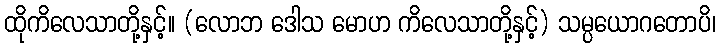
ထိုကိလေသာတို့နှင့်။ (လောဘ ဒေါသ မောဟ ကိလေသာတို့နှင့်) သမ္ပယောဂတောပိ၊